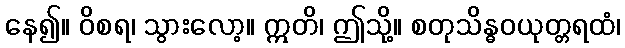
နေ၍။ ဝိစရ၊ သွားလော့။ ဣတိ၊ ဤသို့။ စတုသိန္ဓဝယုတ္တရထံ၊